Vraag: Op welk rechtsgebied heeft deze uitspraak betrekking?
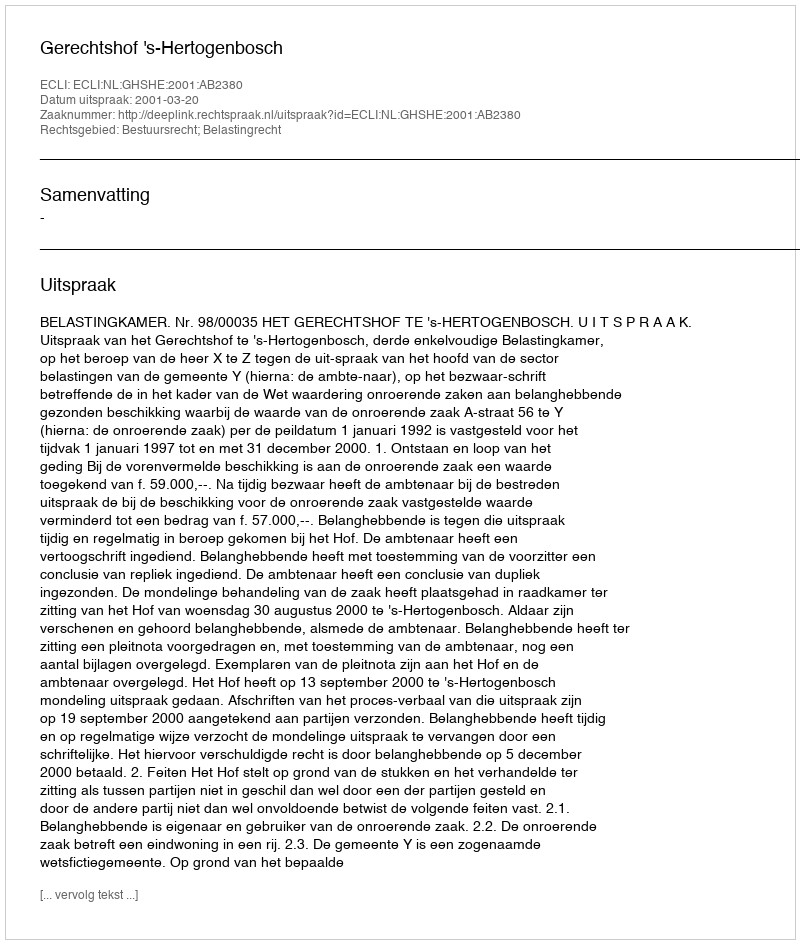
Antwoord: Bestuursrecht; Belastingrecht